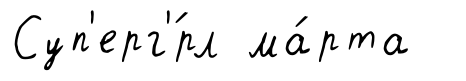
Суп'ерг'́рл ма́рта